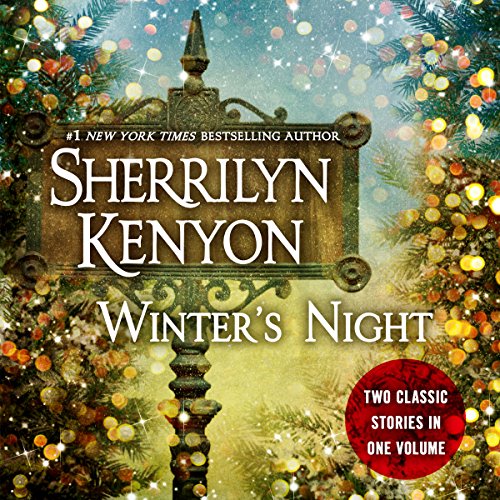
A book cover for Winter's Night; Sherrilyn Kenyon; Romance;